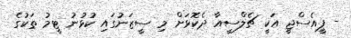
- ޕީއެސްޖީ އަކީ ޗެލްސީއާ ދެކޮޅަށް މި ސީޒަނުގައި ކުޅުނު ޓީމު ތަކުގެ